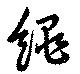
縄